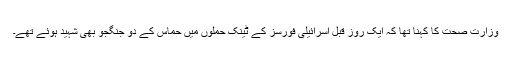
وزارت صحت کا کہنا تھا کہ ایک روز قبل اسرائیلی فورسز کے ٹینک حملوں میں حماس کے دو جنگجو بھی شہید ہوئے تھے۔